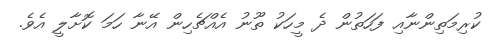
ކުރިމަތިންނާއި ފަހަތުން ދެ މީހަކު ތޫނު އެއްޗެހިން އޭނާ ހަމަ ކޮށާލީ އެވެ.